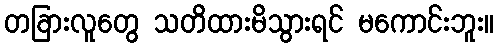
တခြားလူတွေ သတိထားမိသွားရင် မကောင်းဘူး။